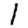
Digit: 1